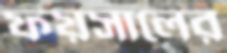
ফয়সালের